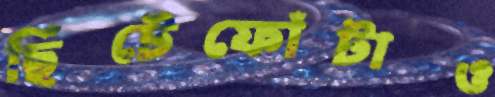
ছিঁটেফোঁটাও